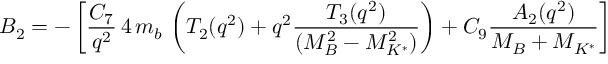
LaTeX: B _ { 2 } = - \left[ { \frac { C _ { 7 } } { q ^ { 2 } } } \, 4 \, m _ { b } \, \left( T _ { 2 } ( q ^ { 2 } ) + q ^ { 2 } { \frac { T _ { 3 } ( q ^ { 2 } ) } { ( M _ { B } ^ { 2 } - M _ { K ^ { * } } ^ { 2 } ) } } \right) + C _ { 9 } { \frac { A _ { 2 } ( q ^ { 2 } ) } { M _ { B } + M _ { K ^ { * } } } } \right]